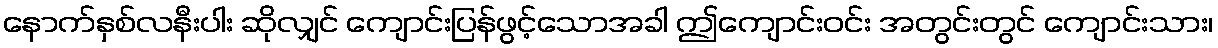
နောက်နှစ်လနီးပါး ဆိုလျှင် ကျောင်းပြန်ဖွင့်သောအခါ ဤကျောင်းဝင်း အတွင်းတွင် ကျောင်းသား၊